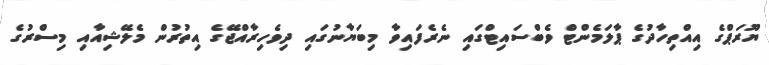
ޔޫރަޕްގެ އިއްތިހާދުގެ ޕާލަމެންޓް ވެބްސައިޓްގައި ނެރެފައިވާ މިބަޔާނުގައި ދިވެހިރާއްޖޭގެ އިތުރުން މެލޭޝިއާއި މިސްރުގެ